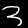
Label: 3